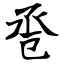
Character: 卺